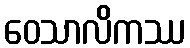
ဝေသာလိကဿ